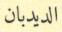
الديدبان